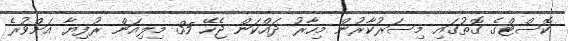
ކޮސްޓްގެ ގޮތުގައިި މިސަރުކާރުން މިހާރު ދައްކަން ޖެހޭ 35 މިލިއަން ރުފިޔާ އަށްވުރެ